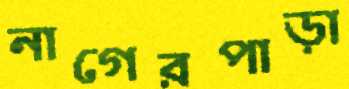
নাগেরপাড়া